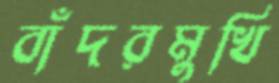
বাঁদরমুখি